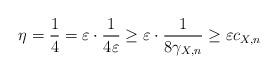
LaTeX: \begin{align*} \eta = \frac14 = \varepsilon \cdot \frac{1}{4 \varepsilon} \ge \varepsilon \cdot \frac{1}{8\gamma_{X,n}} \ge \varepsilon c_{X,n}\end{align*}